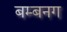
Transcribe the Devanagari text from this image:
बम्बनग